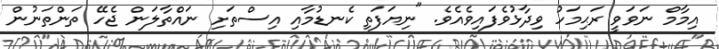
އިމާމް ނަވަވީ ރަޙިމަހު ވިދާޅުވެފައިވެއެވެ. "ނިޔަފަތި ކެނޑުމާއި އިސްތަށި ނައްތާލަން ޖެހޭ ތަންތަނުން